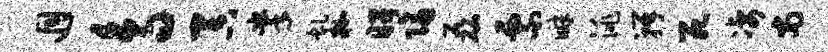
迥鸟吞掌虬枷昭隔磊票畔洮瓣死凄尚